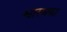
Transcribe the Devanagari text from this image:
श्वास्थका